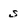
Character: s